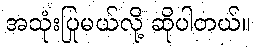
အသုံးပြုမယ်လို့ ဆိုပါတယ်။